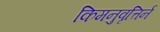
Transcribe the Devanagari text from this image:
किमनुवृत्तिर्न